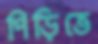
পিড়িতে